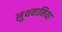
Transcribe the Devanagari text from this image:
लुथवानिया